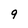
Character: 9